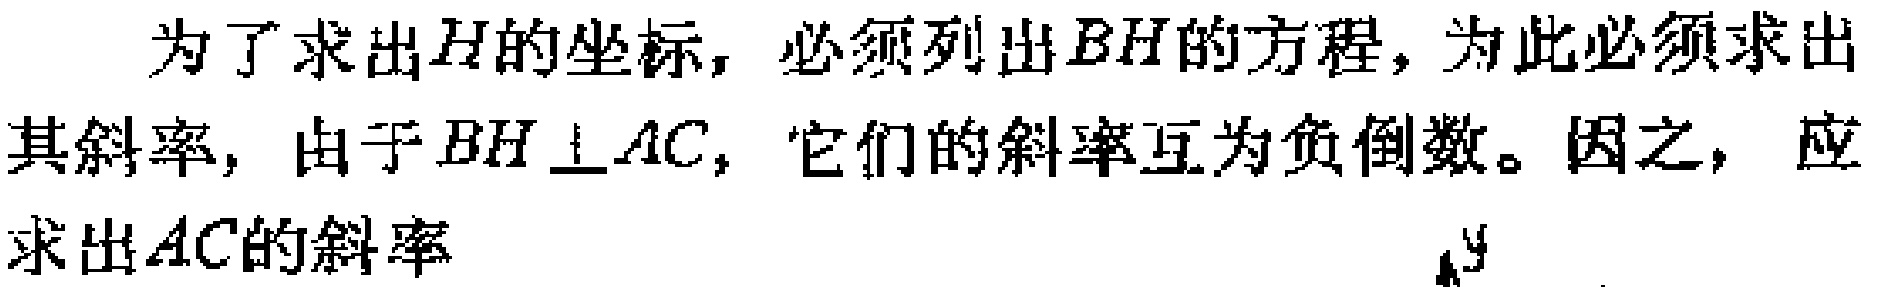
为了求出\(H\)的坐标，必须列出\(BH\)的方程，为此必须求出其斜率，由于\(BH\perp AC\)，它们的斜率互为负倒数。因之，应求出\(AC\)的斜率